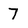
Character: 7